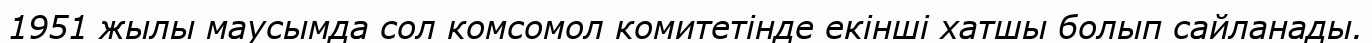
1951 жылы маусымда сол комсомол комитетінде екінші хатшы болып сайланады.